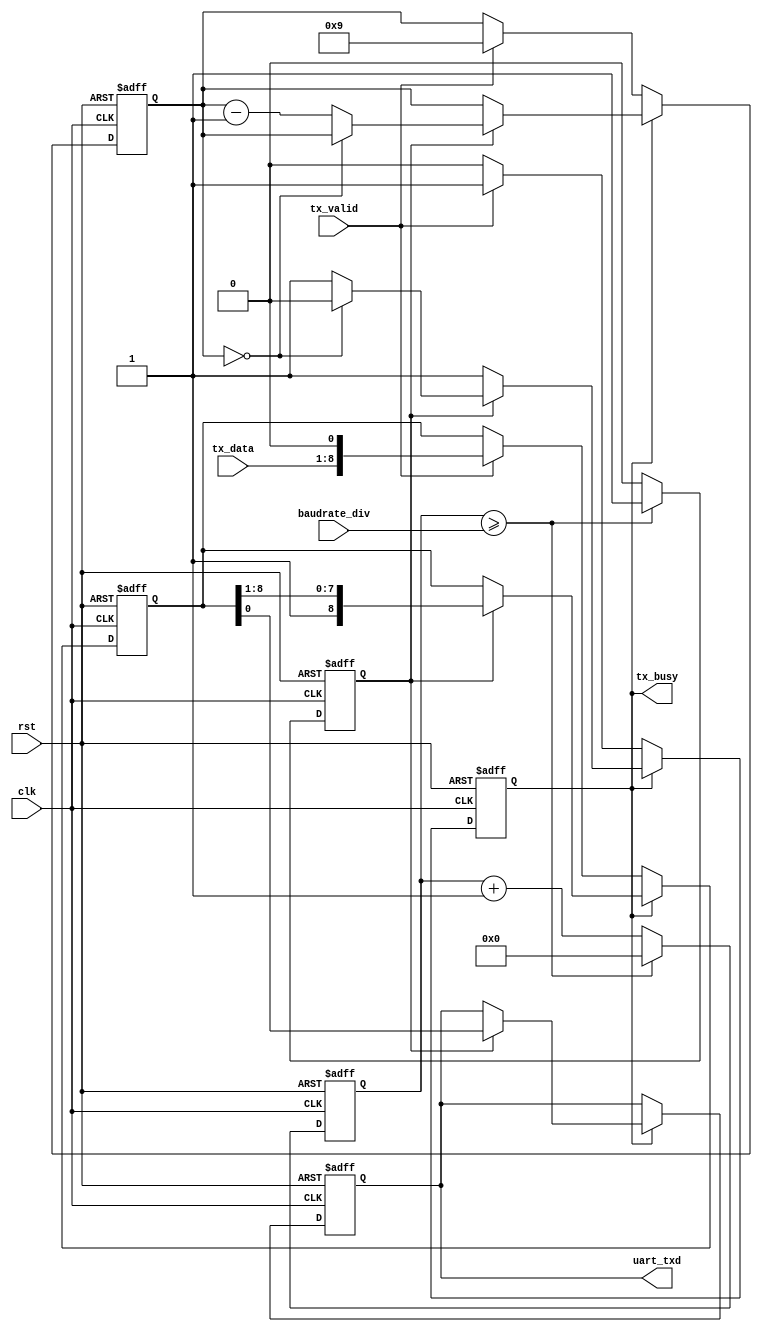
// `default_nettype none
module uart_tx(
    input  wire        clk,    // 12MHz system clock
    input  wire        rst,

    input  wire [15:0] baudrate_div,

    output reg         uart_txd,
    input  wire  [7:0] tx_data,
    input  wire        tx_valid,
    output wire        tx_busy);

    // Baudrate generator
    reg [15:0] tx_baudrate_cnt_r;
    reg next_bit;

    always @(posedge clk or posedge rst) begin
        if (rst) begin
            tx_baudrate_cnt_r <= 0;
            next_bit <= 0;
        end else begin
            next_bit <= 0;
            if (tx_baudrate_cnt_r >= baudrate_div) begin
                tx_baudrate_cnt_r <= 0;
                next_bit <= 1;
            end else begin
                tx_baudrate_cnt_r <= tx_baudrate_cnt_r + 16'd1;
            end
        end
    end

    // Shift out serial data
    reg [8:0] tx_shift_r;
    reg [3:0] bit_cnt_r;
    reg busy;

    always @(posedge clk or posedge rst) begin
        if (rst) begin
            uart_txd   <= 1'b1;
            busy       <= 1'b0;
            tx_shift_r <= 9'b0;
            bit_cnt_r  <= 4'b0;

        end else begin
            if (!busy) begin
                if (tx_valid) begin
                    tx_shift_r <= { tx_data, 1'b0 };
                    busy       <= 1'b1;
                    bit_cnt_r  <= 4'd9;
                end

            end else if (next_bit) begin
                if (bit_cnt_r == 4'd0) begin
                    busy <= 1'b0;
                end else begin
                    bit_cnt_r <= bit_cnt_r - 4'd1;
                end

                uart_txd   <= tx_shift_r[0];
                tx_shift_r <= { 1'b1, tx_shift_r[8:1] };
            end
        end
    end

    assign tx_busy = busy;

endmodule